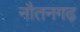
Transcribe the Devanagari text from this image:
नौतनगढ़